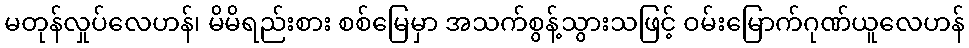
မတုန်လှုပ်လေဟန်၊ မိမိရည်းစား စစ်မြေမှာ အသက်စွန့်သွားသဖြင့် ဝမ်းမြောက်ဂုဏ်ယူလေဟန်